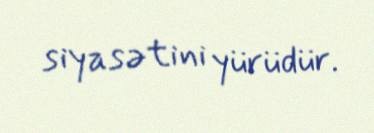
siyasətini yürüdür.